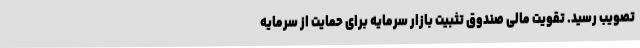
تصویب رسید. تقویت مالی صندوق تثبیت بازار سرمایه برای حمایت از سرمایه